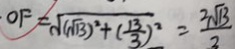
\cdot O F = \sqrt { ( \sqrt { 1 3 } ) ^ { 2 } + ( \frac { 1 3 } { 3 } ) ^ { 2 } } = \frac { 2 \sqrt { 1 3 } } { 3 }